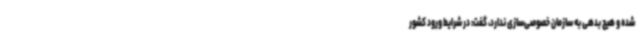
شده و هیچ بدهی به سازمان خصوصی‌سازی ندارد، گفت: در شرایط ورود کشور